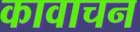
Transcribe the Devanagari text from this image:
कावाचन